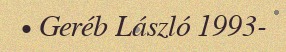
• Geréb László 1993-